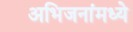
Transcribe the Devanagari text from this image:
अभिजनांमध्ये